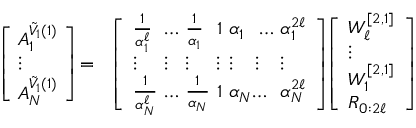
\begin{array} { r l } { \left[ \begin{array} { l } { \! A _ { 1 } ^ { \Tilde { V } _ { 1 } ( 1 ) } \! } \\ { \! \vdots \! } \\ { \! A _ { N } ^ { \Tilde { V } _ { 1 } ( 1 ) } \! } \end{array} \right] \! = \! } & { \left[ \begin{array} { l l l l l l l } { \frac { 1 } { \alpha _ { 1 } ^ { \ell } } \! \! } & { \! \! \dotsc \! \! } & { \! \! \frac { 1 } { \alpha _ { 1 } } \! \! } & { \! \! 1 \! \! } & { \! \! \alpha _ { 1 } \! } & { \! \dotsc \! \! } & { \! \! \alpha _ { 1 } ^ { 2 \ell } } \\ { \vdots \! \! } & { \! \! \vdots \! \! } & { \! \! \vdots \! \! } & { \! \! \vdots \! \! } & { \! \! \vdots \! \! } & { \! \! \vdots \! \! } & { \! \! \vdots } \\ { \frac { 1 } { \alpha _ { N } ^ { \ell } } \! \! } & { \! \! \dotsc \! \! } & { \! \! \frac { 1 } { \alpha _ { N } } \! \! } & { \! \! 1 \! \! } & { \! \! \alpha _ { N } \! \! \! } & { \! \! \! \dotsc \! \! } & { \! \! \alpha _ { N } ^ { 2 \ell } } \end{array} \right] \! \! \left[ \begin{array} { l } { W _ { \ell } ^ { [ 2 , 1 ] } } \\ { \vdots } \\ { W _ { 1 } ^ { [ 2 , 1 ] } } \\ { R _ { 0 : 2 \ell } } \end{array} \right] } \end{array}